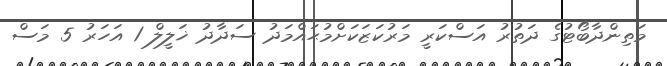
މަތިންދާބޯޓުގެ ދަތުރު އަސްކަރީ މަރުކަޒަކަށްމުޙައްމަދު ސަދާދު ޚަލީލް 1 އަހަރު 5 މަސް